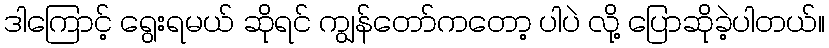
ဒါကြောင့် ရွေးရမယ် ဆိုရင် ကျွန်တော်ကတော့ ပါပဲ လို့ ပြောဆိုခဲ့ပါတယ်။